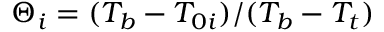
\Theta _ { i } = ( T _ { b } - T _ { 0 i } ) / ( T _ { b } - T _ { t } )